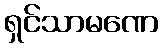
ရှင်သာမဏေ